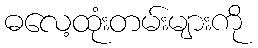
ဓလေ့ထုံးတမ်းများကို